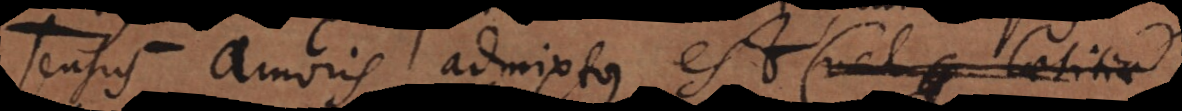
sensus amoris admixtus est [art.